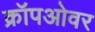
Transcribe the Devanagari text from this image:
क्रॉपओवर